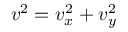
v ^ { 2 } = v _ { x } ^ { 2 } + v _ { y } ^ { 2 }